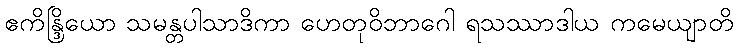
ဧကိန္ဒြိယော သမန္တပါသာဒိကာ ဟေတုဝိဘာဂေါ ရသဿာဒါယ ကမေယျာတိ